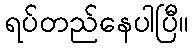
ရပ်တည်နေပါပြီ။